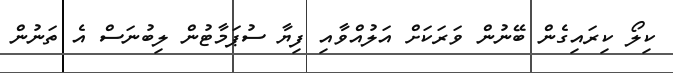
ކިލޯ ކިރައިގެން ބޭނުން ވަރަކަށް އަލުއްވާއި ފިޔާ ސުޕަމާޓުން ލިބުނަސް އެ ތަނުން